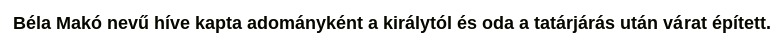
Béla Makó nevű híve kapta adományként a királytól és oda a tatárjárás után várat épített.